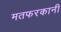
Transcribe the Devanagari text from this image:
मतफरकानी